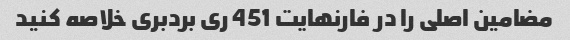
مضامین اصلی را در فارنهایت 451 ری بردبری خلاصه کنید